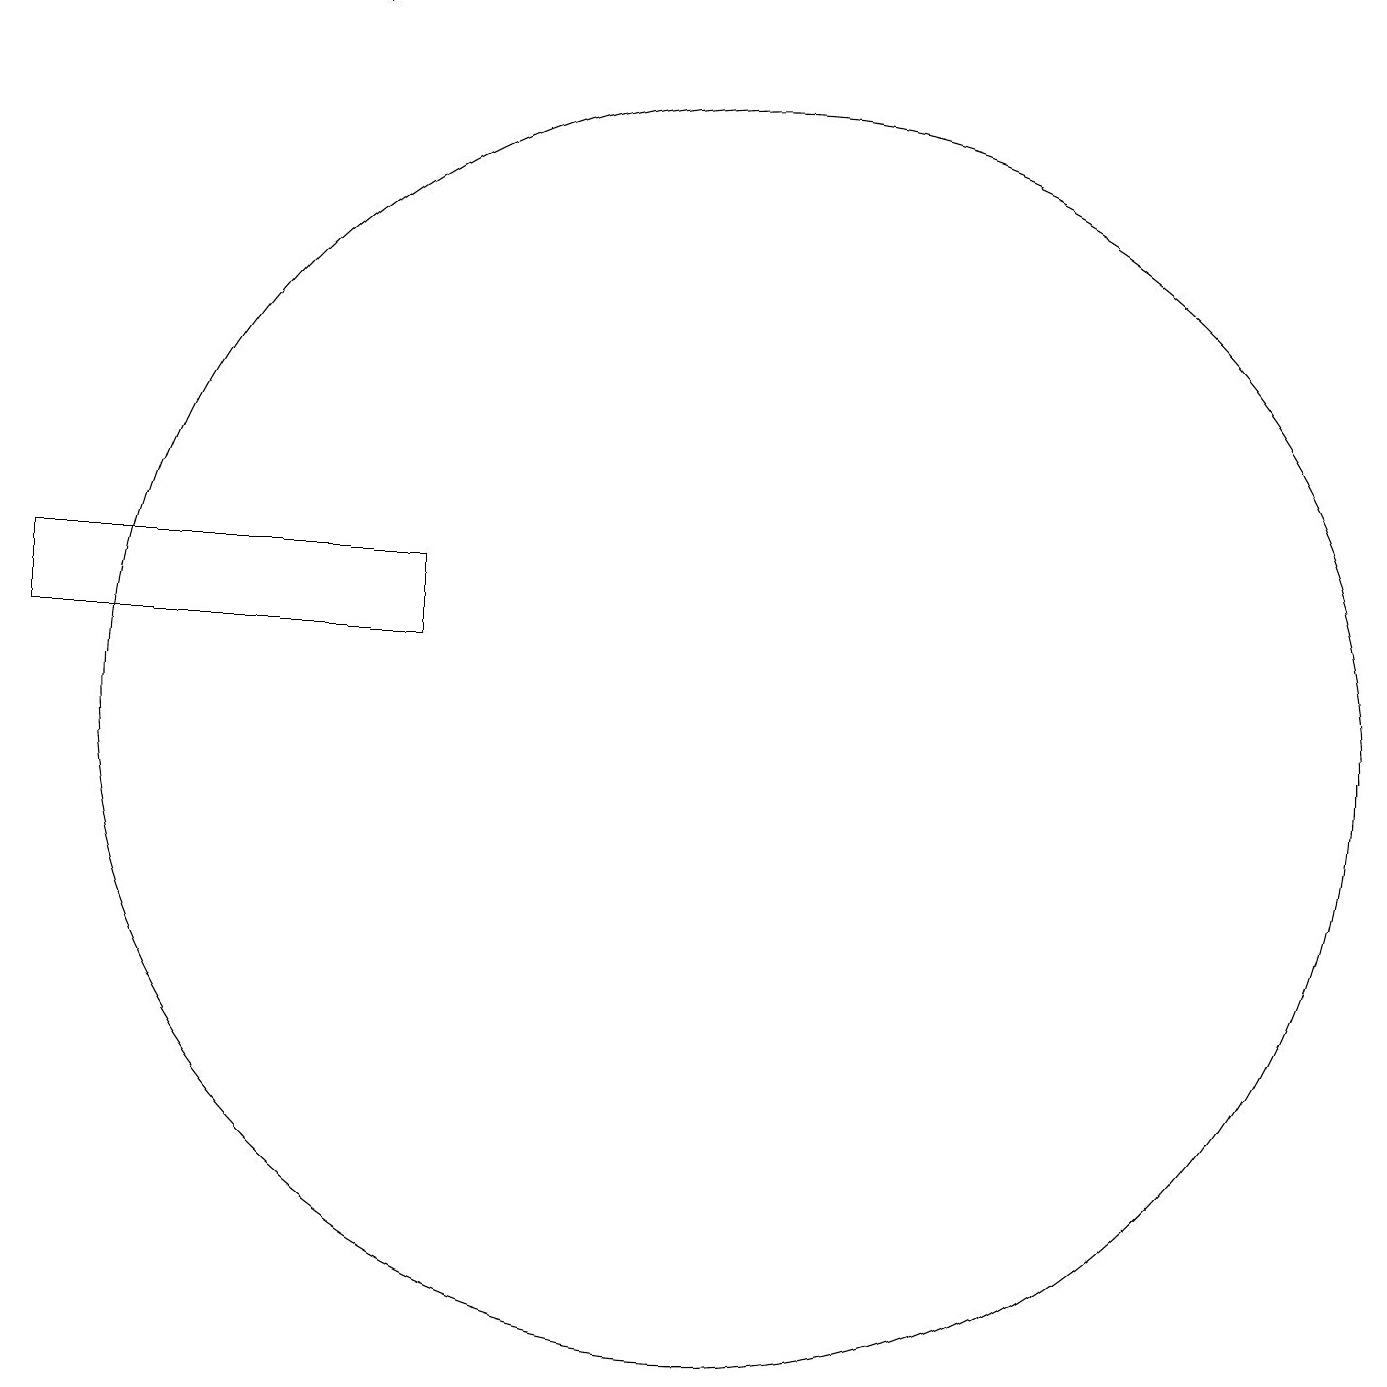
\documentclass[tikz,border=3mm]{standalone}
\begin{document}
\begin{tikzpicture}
\draw (11,10) circle (8);
\draw (2,12) rectangle (7,11);
\draw[->] (2,19) -- (6,19);
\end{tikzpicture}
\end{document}